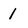
Character: 1